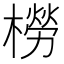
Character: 橯